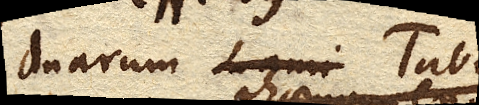
duarum Tabu